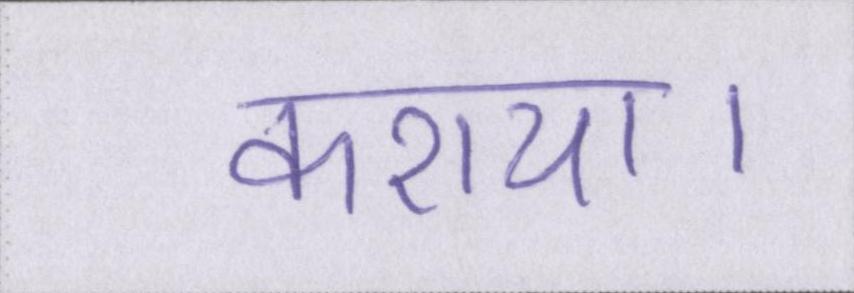
कराया।